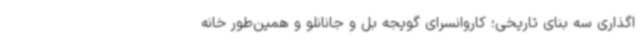
اگذاری سه بنای تاریخی؛ کاروانسرای گویجه بل و جانانلو و همین‌طور خانه